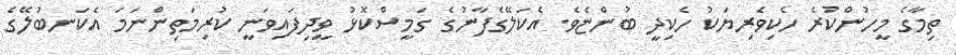
ތިމާގެ މީހުންކުރެ ހެކިވެރިޔަކު ހެކިދީ ބުންޏެވެ. އެކަލޭގެފާނުގެ ގަމީސްކޮޅު ވީދިފައިވަނީ ކުރިމަތިންނަމަ އެކަނބުލޭގެ